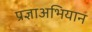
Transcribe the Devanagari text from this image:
प्रज्ञाअभियान